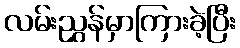
လမ်းညွှန်မှာကြားခဲ့ပြီး